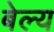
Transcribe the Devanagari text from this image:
बेल्य